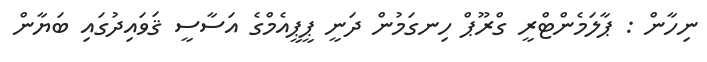
ނިހާން : ޕާލަމެންޓްރީ ގްރޫޕް ހިނގަމުން ދަނީ ޕީޕީއެމްގެ އަސާސީ ޤަވައިދުގައި ބަޔާން